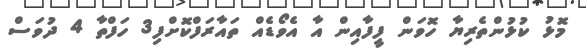
މޮޅު ކުޅުންތެރިޔާ ހޮވަން ފީފާއިން އާ އެވޯޑެއް ތައާރަފްކޮށްފި3 ހަފްތާ 4 ދުވަސް